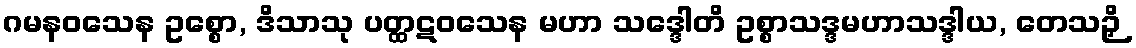
ဂမနဝသေန ဥစ္စော, ဒိသာသု ပတ္ထဋဝသေန မဟာ သဒ္ဒေါတိ ဥစ္စာသဒ္ဒမဟာသဒ္ဒါယ, တေသဉှိ